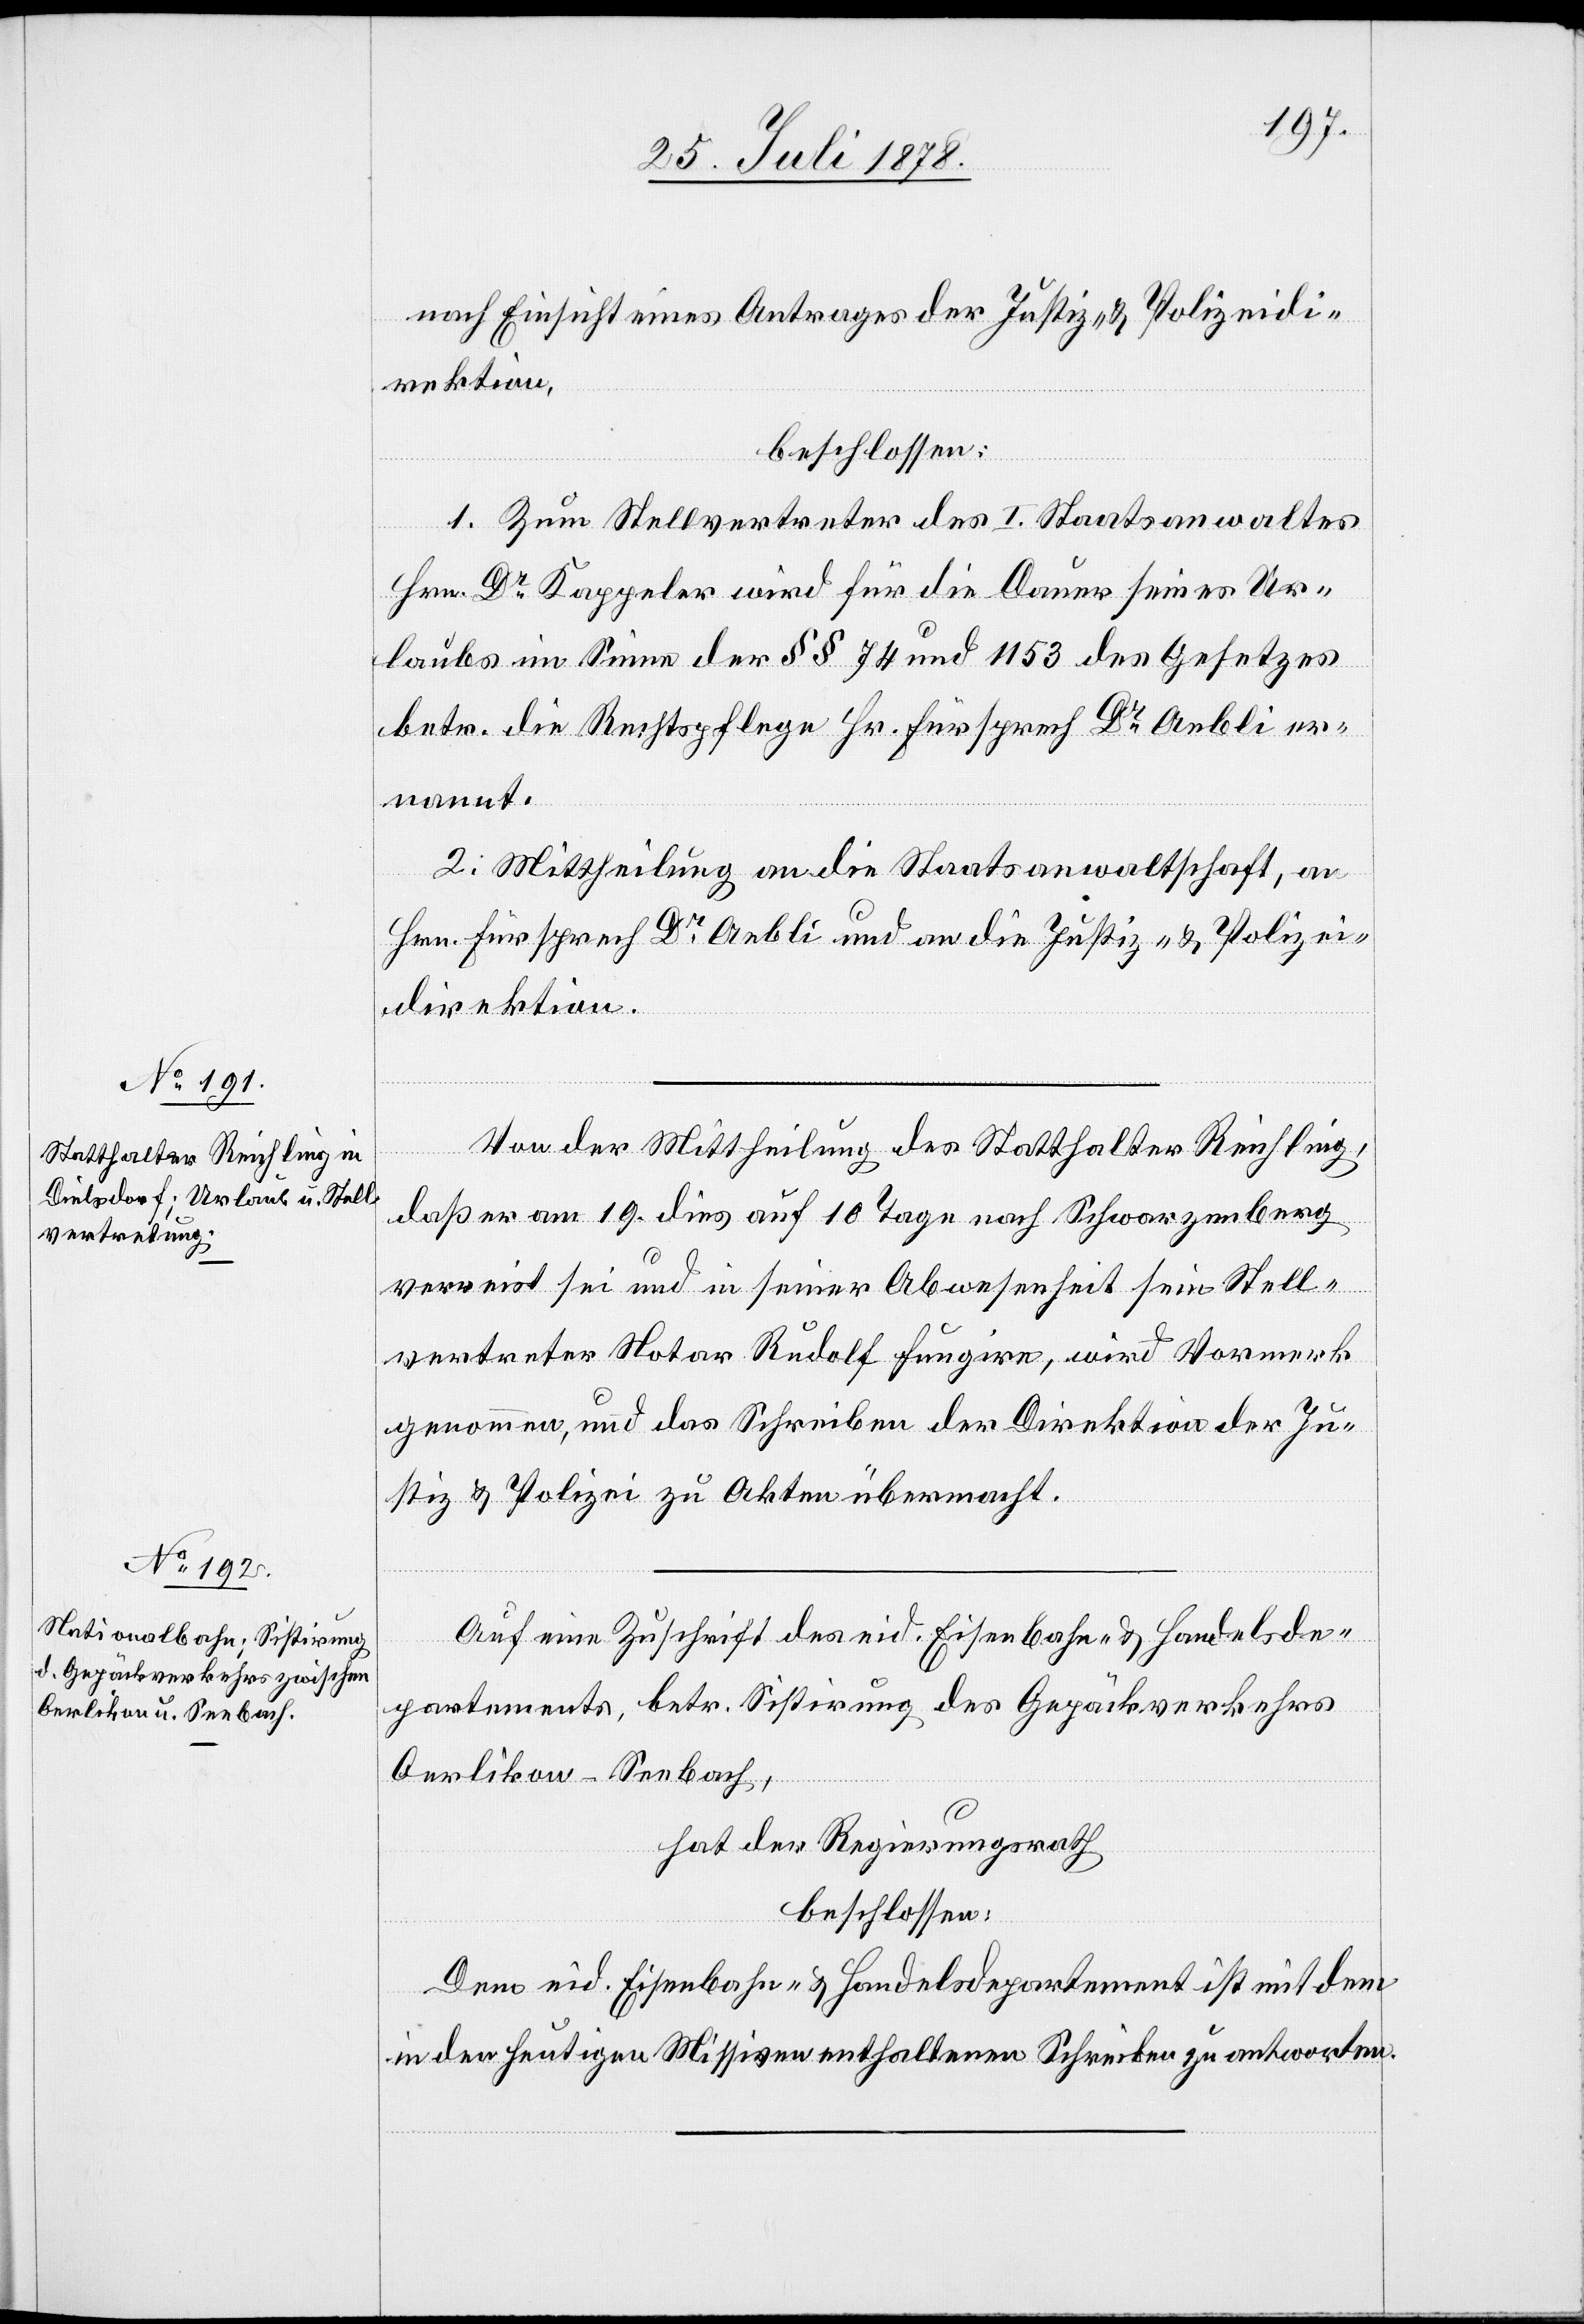
nach Einsicht eines Antrages der Justiz- & Polizeidi¬
rektion,
beschlossen:
1. Zum Stellvertreter des I. Staatsanwaltes
Hrn. Dr Kappeler wird für die Dauer seines Ur¬
laubs im Sinne der §§ 74 und 1153 des Gesetzes
betr. die Rechtspflege Hr. Fürsprech Dr Aebli er¬
nannt.
2. Mittheilung an die Staatsanwaltschaft, an
Hrn. Fürsprech Dr Aebli und an die Justiz- & Polizei¬
direktion.
Von der Mittheilung des Statthalter Reichling,
daß er am 19. dies auf 10 Tagen nach Schwarzenberg
verreist sei und in seiner Abwesenheit sein Stell¬
vertreter Notar Rudolf fungire, wird Vormerk
genommen, und das Schreiben der Direktion der Ju¬
stiz & Polizei zu Akten übermacht.
Auf eine Zuschrift des eid. Eisenbahn- & Handelsde¬
partements, betr. Sistirung des Gepäckverkehrs
Oerlikon–Seebach,
hat der Regierungsrath
beschlossen:
Dem eid. Eisenbahn- & Handelsdepartement ist mit dem
in der heutigen Missiven enthaltenen Schreiben zu beantworten.